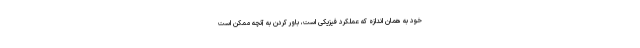
خود به همان اندازه که عملکرد فیزیکی است، باور کردن به آنچه ممکن است